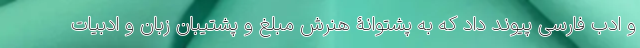
و ادب فارسی پیوند داد که به پشتوانۀ هنرش مبلغ و پشتیبان زبان و ادبیات